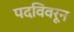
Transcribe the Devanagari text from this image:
पदविवरून